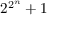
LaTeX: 2 ^ { 2 ^ { n } } + 1